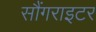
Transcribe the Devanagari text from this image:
सौंगराइटर